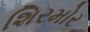
શિરમોર